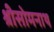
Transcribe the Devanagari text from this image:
श्रीसोमनाथ